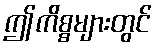
ဤကိစ္စများတွင်